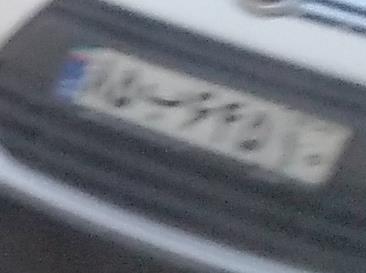
۸۵ب۶۴۵۱۰